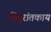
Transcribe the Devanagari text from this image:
त्रिपुरांतकाय